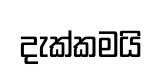
දැක්කමයි